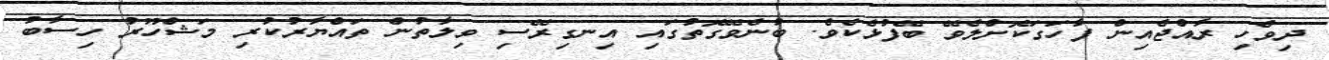
ދިވެހި ރާއްޖެއިން ފާހަގަކޮށްލެވޭ ބޭފުޅެކެވެ. ބުނެވޭގޮތުގައި އިނގިރޭސި ވިލާތުން ތައްޔާރުކުރި މަޝްހޫރު ހިސާބު